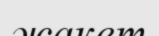
жакет